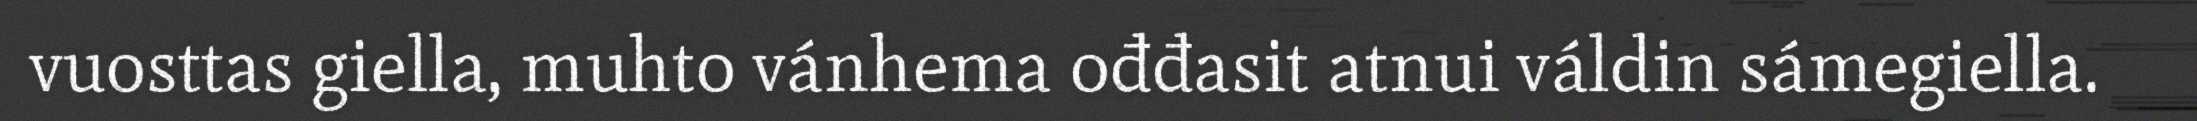
vuosttas giella, muhto vánhema ođđasit atnui váldin sámegiella.